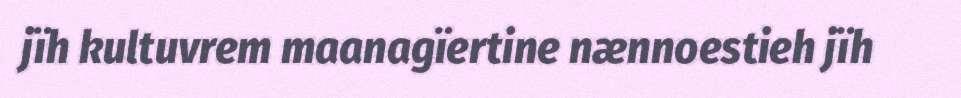
jïh kultuvrem maanagïertine nænnoestieh jïh